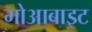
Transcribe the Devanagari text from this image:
मोआबाइट